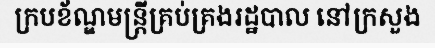
ក្របខ័ណ្ឌមន្ត្រីគ្រប់គ្រងរដ្ឋបាល នៅក្រសួង